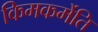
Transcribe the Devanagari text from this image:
किमकर्मेति